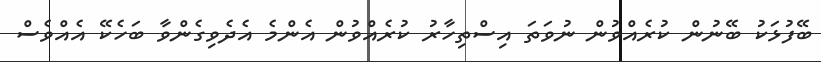
ބޭފުޅަކު ބޭނުން ކުރެއްވުން ނުވަތަ އިސްތިހާރު ކުރެއްވުން އެންމެ އެދެވިގެންވާ ބަހެކޭ އެއްވެސް